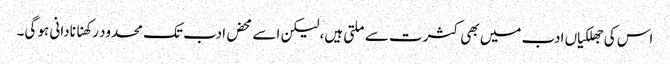
اس کی جھلکیاں ادب میں بھی کثرت سے ملتی ہیں، لیکن اسے محض ادب تک محدود رکھنا نادانی ہو گی۔